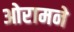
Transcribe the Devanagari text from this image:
ओरामने